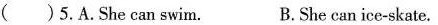
()5.A.She can swim. B.She can ice-skate.